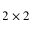
2 \times 2